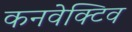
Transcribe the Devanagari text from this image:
कनवेक्टिव